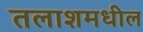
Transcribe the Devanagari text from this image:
तलाशमधील